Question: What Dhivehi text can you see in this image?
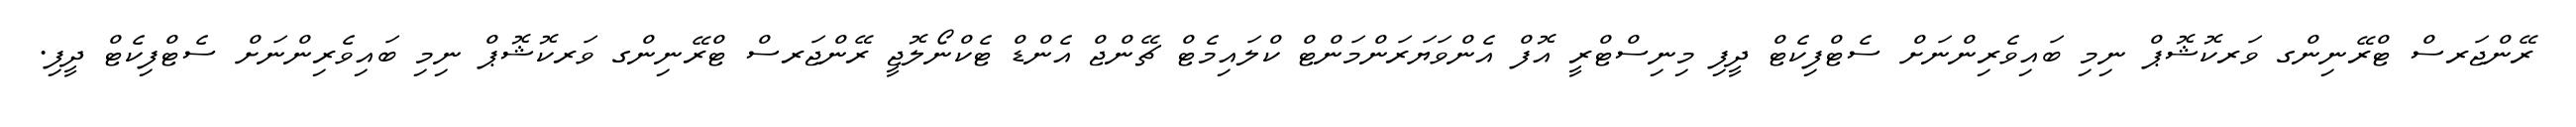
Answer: ރޭންޖަރސް ޓްރޭނިންގ ވަރކޮޝޮޕް ނިމި ބައިވެރިންނަށް ސެޓްފިކެޓް ދީފި މިނިސްޓްރީ އޮފް އެންވަޔަރަންމަންޓް ކްލައިމެޓް ޗޭންޖް އެންޑް ޓެކްނޯލޮޖީ ރޭންޖަރސް ޓްރޭނިންގ ވަރކޮޝޮޕް ނިމި ބައިވެރިންނަށް ސެޓްފިކެޓް ދީފި.